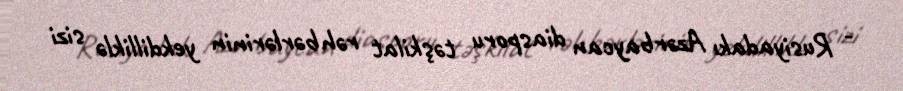
- Rusiyadakı Azərbaycan diasporu təşkilat rəhbərlərinin yekdilliklə sizi